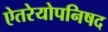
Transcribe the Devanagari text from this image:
ऐतरेयोपनिषद